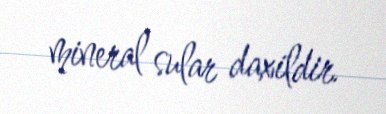
mineral sular daxildir.